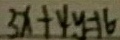
3 x + 4 y = 1 6